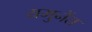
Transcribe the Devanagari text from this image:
यमुनेंत